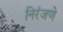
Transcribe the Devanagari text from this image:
निरंजणे